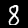
Digit: 8